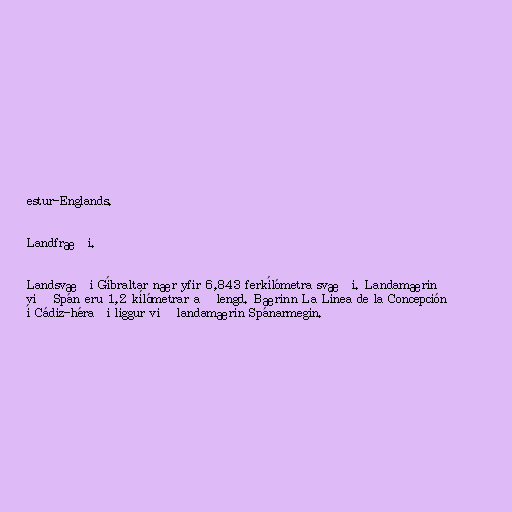
estur-Englands.

Landfræði.

Landsvæði Gíbraltar nær yfir 6,843 ferkílómetra svæði. Landamærin
við Spán eru 1,2 kílómetrar að lengd. Bærinn La Línea de la Concepción
í Cádiz-héraði liggur við landamærin Spánarmegin.